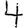
Digit: 4